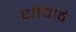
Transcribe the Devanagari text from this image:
धोपावे